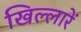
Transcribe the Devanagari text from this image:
खिल्लारें